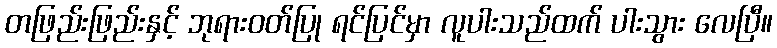
တဖြည်းဖြည်းနှင့် ဘုရားဝတ်ပြု ရင်ပြင်မှာ လူပါးသည်ထက် ပါးသွား လေပြီ။